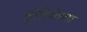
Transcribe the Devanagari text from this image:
तृतियेच्या